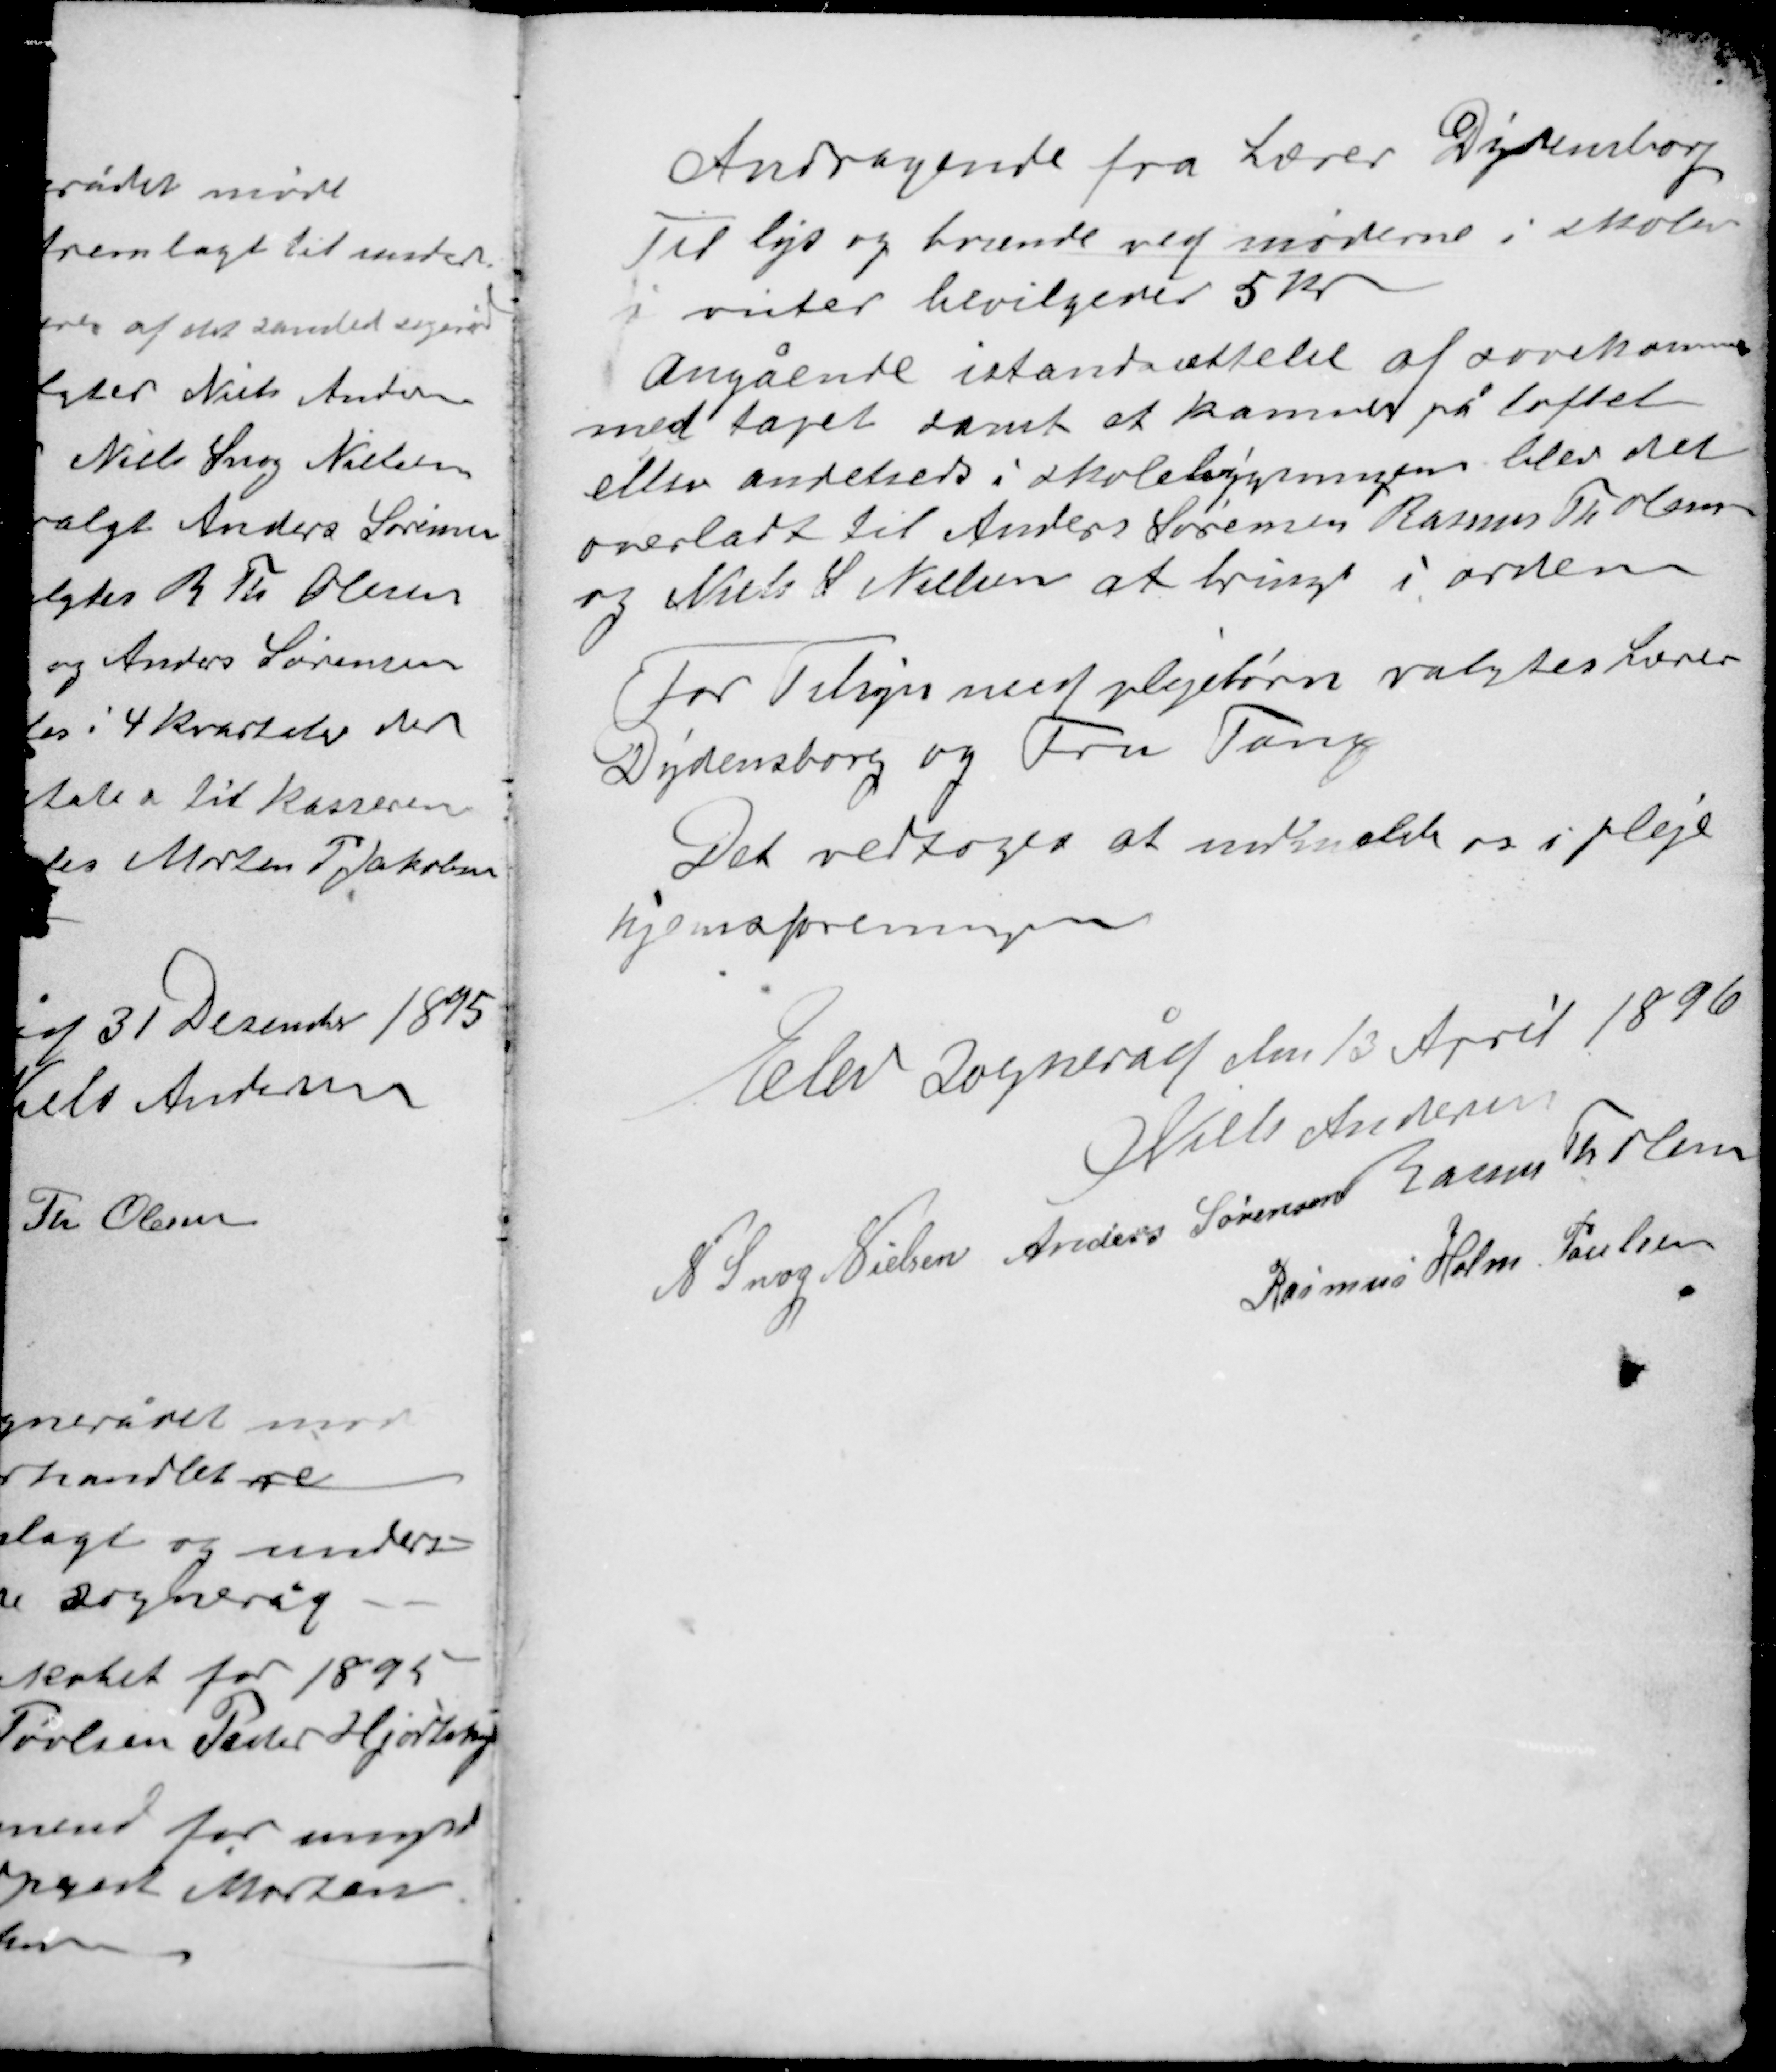
Transskription:
Andragende fra Lærer Dydensborg
Til lys og brænde ved møderne i skolen
i vinter bevilgedes 5 kr.

Angående istandsættelse af sovekammer
med tapet samt et kammer på loftet
eller andetsteds i skolebygningen blev det
overladt til Anders Sørensen Rasmus Th. Olsen
og Niels S. Nielsen at bringe i orden.

For Tilsyn med plejebørn valgtes Lærer
Dydensborg og Fru Tang
Det vedtoges at indmelde os i pleje-
hjemsforeningen

Elev sogneråd den 13 April 1896
Niels Andersen
N. Snog Nielsen Anders Sørensen Rasmus Th. Olesen
Rasmus Holm Poulsen